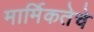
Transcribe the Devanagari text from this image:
मार्मिकतेचे